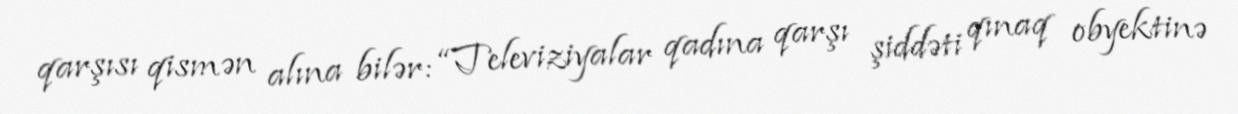
qarşısı qismən alına bilər: “Televiziyalar qadına qarşı şiddəti qınaq obyektinə